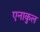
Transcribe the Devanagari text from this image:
एनाकुल